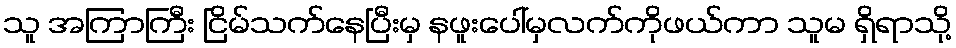
သူ အကြာကြီး ငြိမ်သက်နေပြီးမှ နဖူးပေါ်မှလက်ကိုဖယ်ကာ သူမ ရှိရာသို့